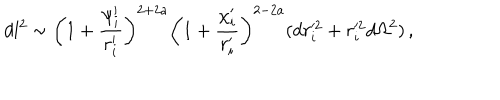
LaTeX: d l ^ { 2 } \sim \biggl ( 1 + \frac { \psi _ { i } ^ { \prime } } { r _ { i } ^ { \prime } } \biggr ) ^ { 2 + 2 a } \biggl ( 1 + \frac { \chi _ { i } ^ { \prime } } { r _ { i } ^ { \prime } } \biggr ) ^ { 2 - 2 a } ( d r _ { i } ^ { \prime 2 } + r _ { i } ^ { \prime 2 } d \Omega ^ { 2 } ) \, ,